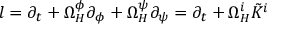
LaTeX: l = \partial _ { t } + \Omega _ { H } ^ { \phi } \partial _ { \phi } + \Omega _ { H } ^ { \psi } \partial _ { \psi } = \partial _ { t } + \Omega _ { H } ^ { i } \tilde { K } ^ { i }